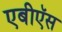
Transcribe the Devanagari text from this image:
एबीऍस